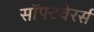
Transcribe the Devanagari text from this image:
सॉफ्टवेरर्स